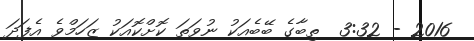
2016 - 3:32  ތިބާގެ ބޭބެއަކު ނުވަތަ ކޮށްކޮއަކު ޒަހަމްވެ އެފަދަ